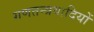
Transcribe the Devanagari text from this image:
गणतन्त्रवादियों